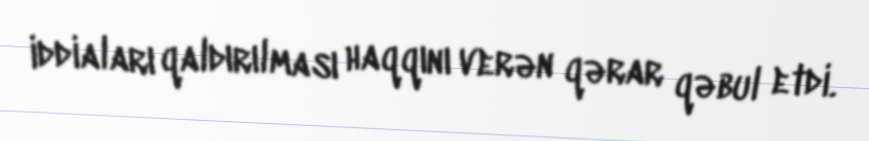
iddiaları qaldırılması haqqını verən qərar qəbul etdi.